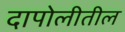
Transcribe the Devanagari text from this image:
दापोलीतील